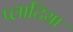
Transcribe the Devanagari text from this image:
प्लाटिया